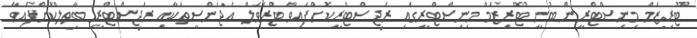
ޓޫރިޒަމް މިނިސްޓްރީން ބުނީ ޓޫރިޒަމް މިނިސްޓްރީގައި ރަޖިސްޓްރީކޮށްފައިވާ ޓްރެވަލް އެޖެންސީތަކާއި ރަޖިސްޓްރީ ބާތިލްކޮށްފައިވާ